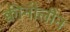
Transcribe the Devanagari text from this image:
क्वीनोलीन